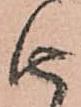
由